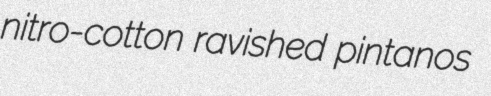
nitro-cotton ravished pintanos